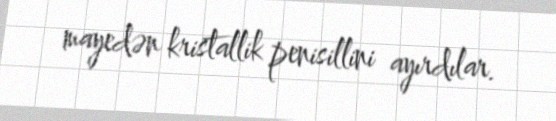
mayedən kristallik penisillini ayırdılar.